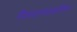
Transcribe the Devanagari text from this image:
चिरडण्याकरिता